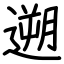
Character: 遡